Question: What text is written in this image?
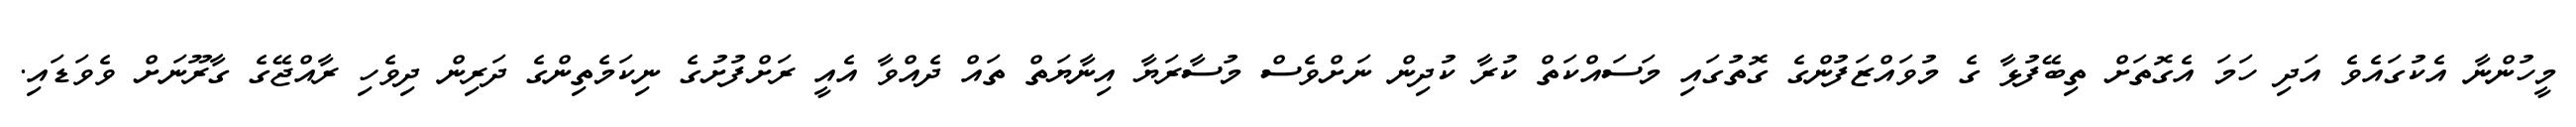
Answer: މީހުންނާ އެކުގައެވެ އަދި ހަމަ އެގޮތަށް ތިބޭފުޅާ ގެ މުވައްޒަފުންގެ ގޮތުގައި މަސައްކަތް ކުރާ ކުދިން ނަށްވެސް މުސާރަޔާ އިނާޔަތް ތައް ދެއްވާ އެއީ ރަށްފުށުގެ ނިކަމެތިންގެ ދަރިން ދިވެހި ރާއްޖޭގެ ގާރޫނަށް ވެވަޑައި.